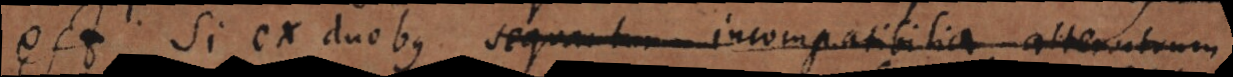
Si ex duobus sequatur incompatibilia alterutrum